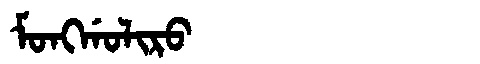
Manchu: ᠮᠣᠩᡤᠣᠯᡳᡵᠣ
Romanization: MONGGOLIRO